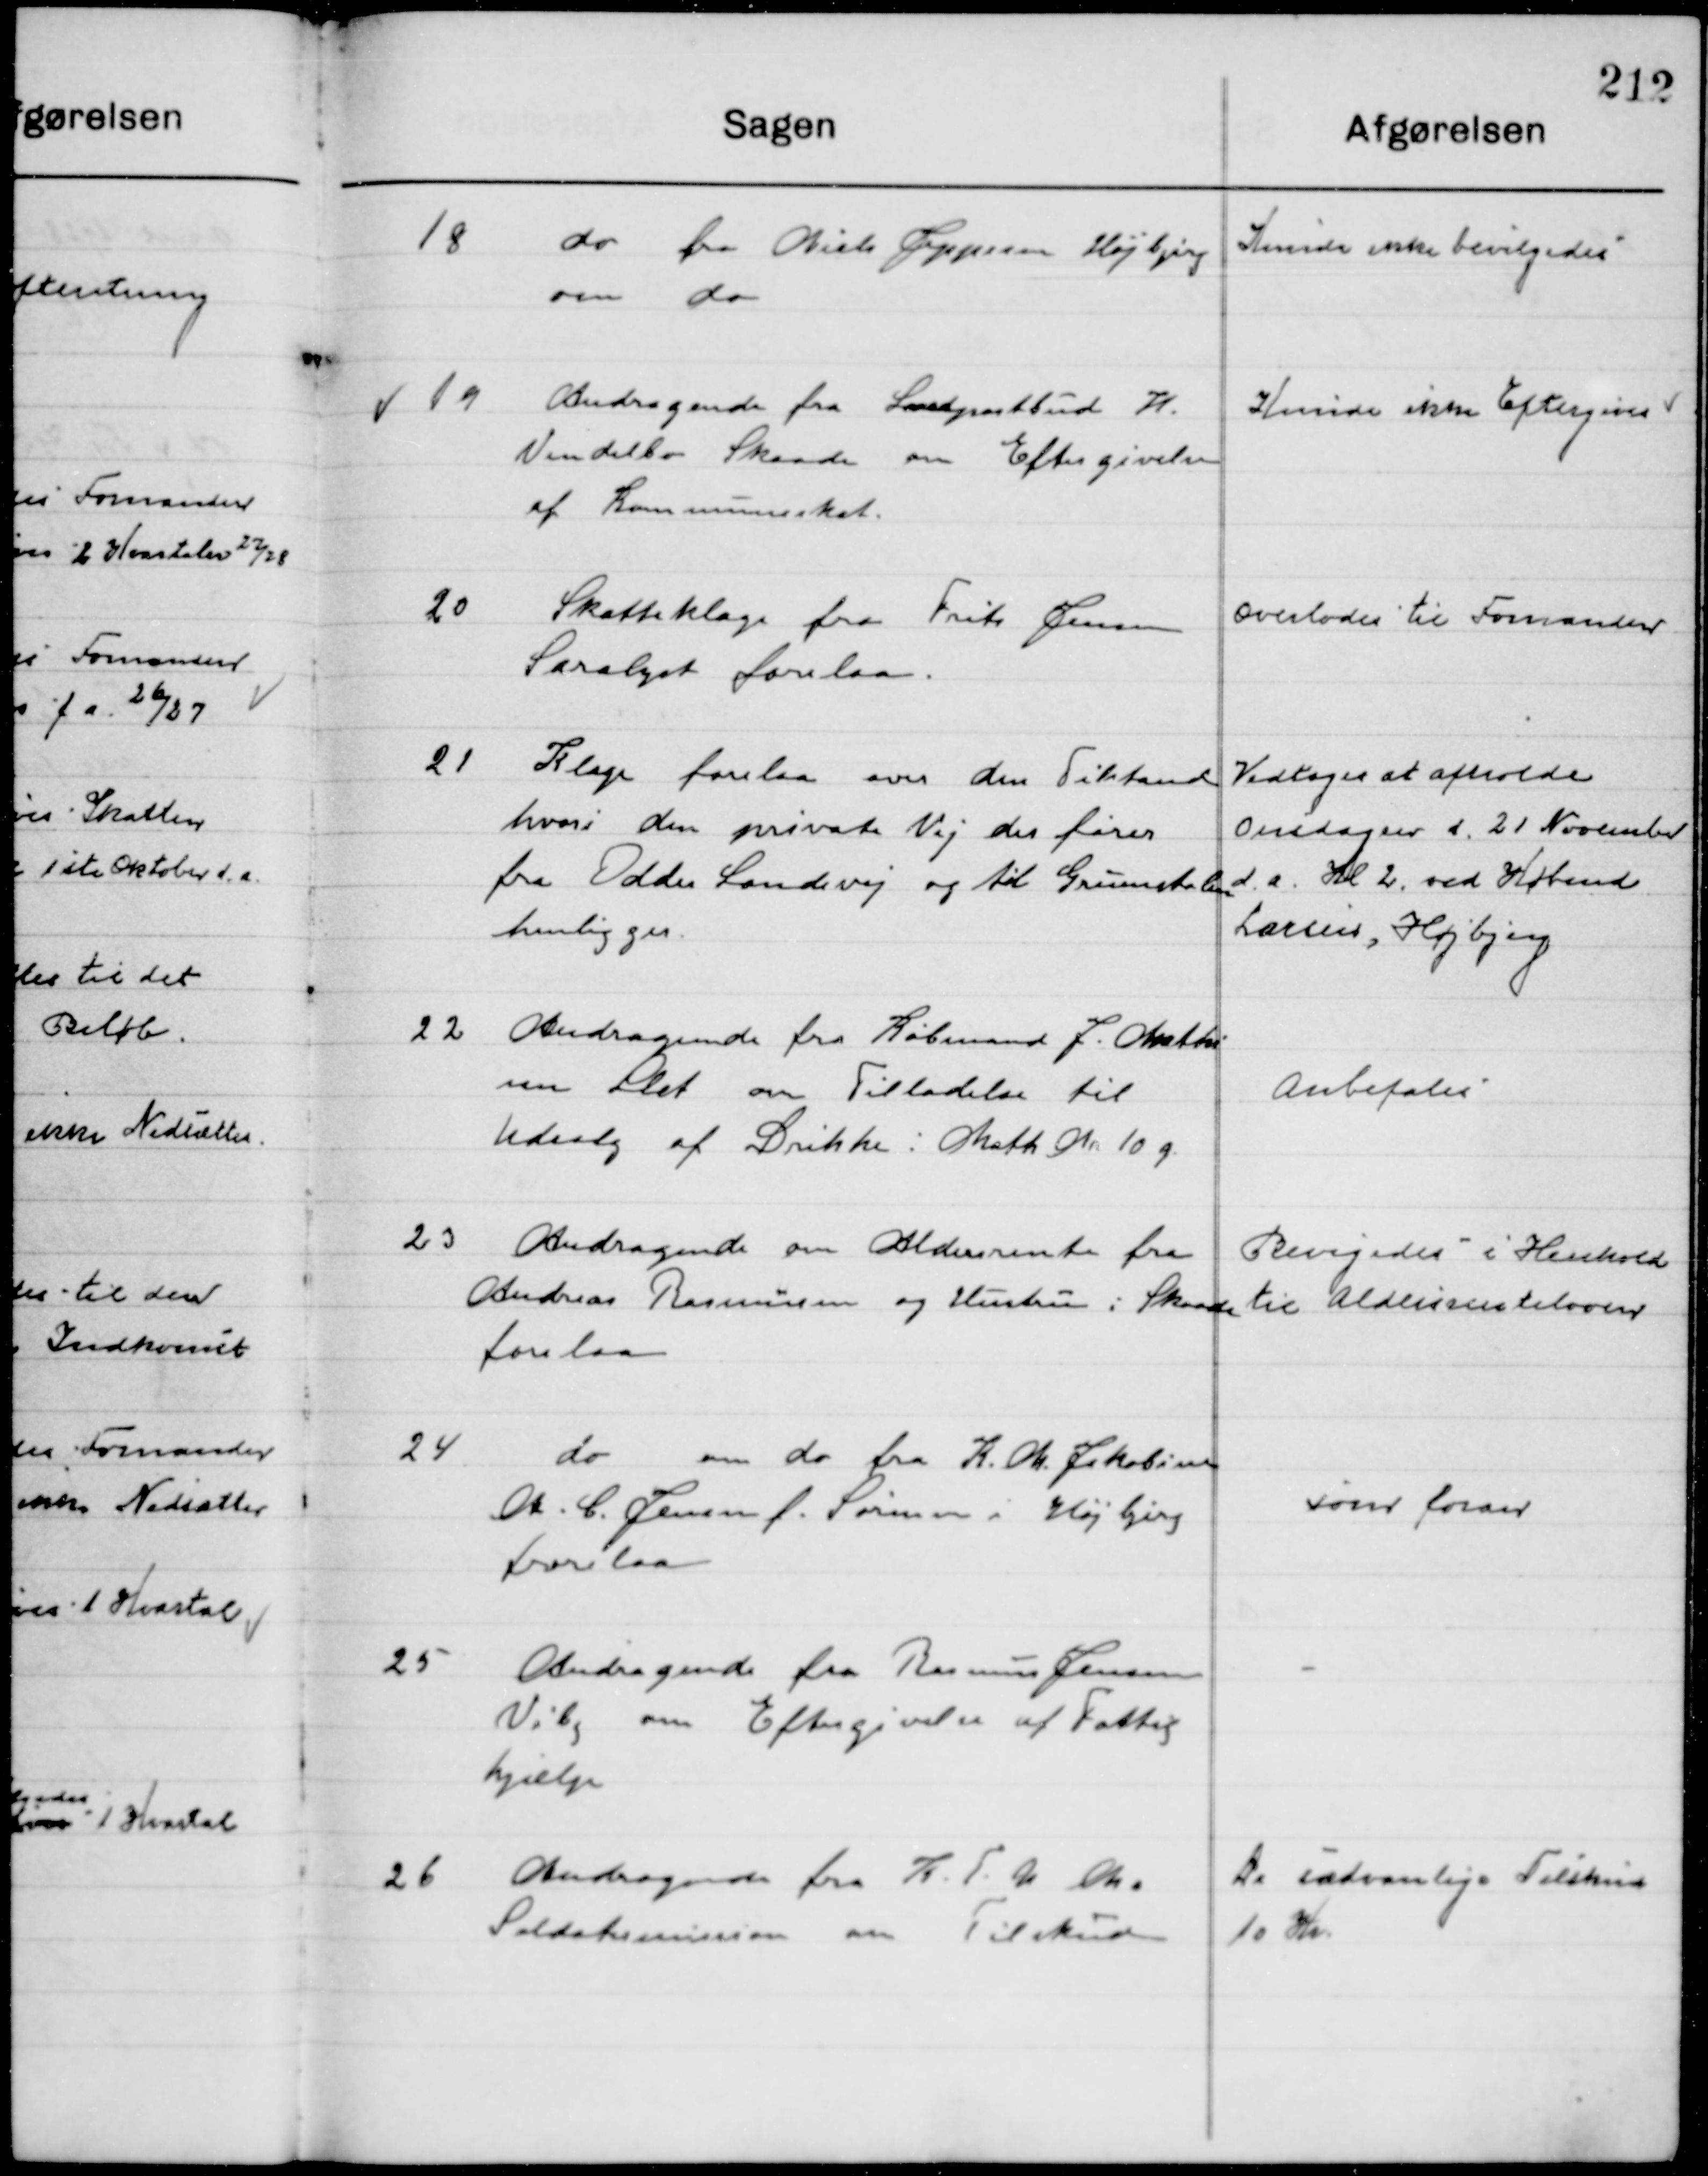
Transskription:
18

Do fra Niels Jeppesen Højbjerg 
om do

Kunde ikke Eftergives

19

Andragende fra Landpostbud H.
Vendelbo Skaade, om Eftergivelse 
af Kommuneskat.

Kunde ikke Eftergives

20

Skatteklage fra Frits Jensen
Saralyst forelaa

Overlodes til Formanden

21

Klage forelaa over den Tilstand
hvori den private Vej der farer
fra Odder Landevej og til Grundstolen
henligger

Vedtoges at afholde
Onsdagen d. 21 November
d.a. Kl. 2 ved Købmand
Larsen, Højbjerg

22

Andragende fra Købmand J. Mathi-
sen Slet om Tilladelse til
Udsalg af Drikke i Matr. Nr. 10 g.

Anbefales

23

Andragende om Aldersrente fra
Andreas Rasmussen og Hustru i Skaade
forelaa

Bevilgedes i Henhold
Til aldersrenteloven

24

Do om do fra K. M. Jakobine
M. C. Jensen f. Sørensen i Højbjerg
forelaa

som foran

25

Andragende fra Rasmus Jensen
Viby om Eftergivelse af Fattig-
hjælp

-

26

Andragende fra K.F.U.M.
Soldatermissiom om tilskud

De sædvanlige Tilskud
10 Kr.